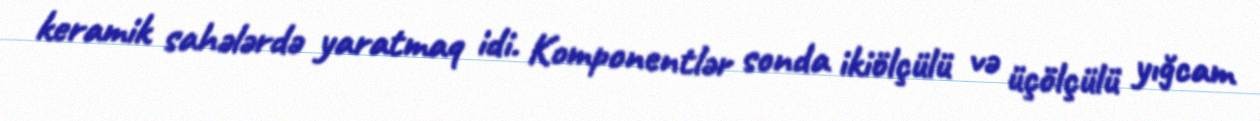
keramik sahələrdə yaratmaq idi. Komponentlər sonda ikiölçülü və üçölçülü yığcam